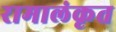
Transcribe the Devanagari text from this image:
रामालंकृत